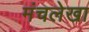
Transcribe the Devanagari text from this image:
मंचलेखा